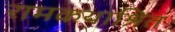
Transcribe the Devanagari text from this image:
रामकथाश्रित